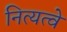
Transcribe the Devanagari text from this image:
नित्यत्वे